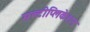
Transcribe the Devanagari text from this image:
मल्टीप्लिकेशन